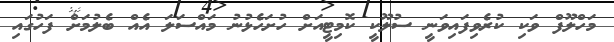
މަހްލޫފް ވަކި ކުރެވިފައިވަނީ ސުލޫކީ ކޮމިޓީއަށް ހުށަހެޅުނު މައްސަލަ އެއް ބެލުމަށް ފަހުގައި